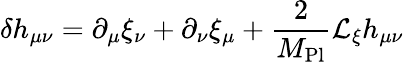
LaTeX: \delta h_{\mu\nu}=\partial_{\mu}\xi_{\nu}+\partial_{\nu}\xi_{\mu}+{\frac{2}{M_{\mathrm{Pl}}}}{\mathcal{L}}_{\xi}h_{\mu\nu}